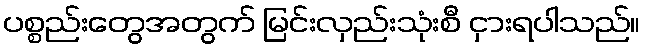
ပစ္စည်းတွေအတွက် မြင်းလှည်းသုံးစီ ငှားရပါသည်။